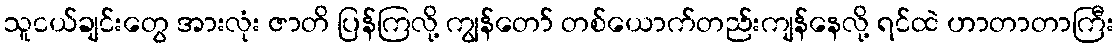
သူငယ်ချင်းတွေ အားလုံး ဇာတိ ပြန်ကြလို့ ကျွန်တော် တစ်ယောက်တည်းကျန်နေလို့ ရင်ထဲ ဟာတာတာကြီး